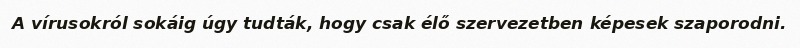
A vírusokról sokáig úgy tudták, hogy csak élő szervezetben képesek szaporodni.